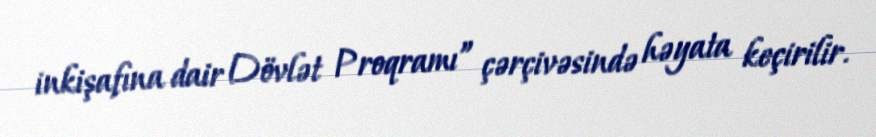
inkişafına dair Dövlət Proqramı” çərçivəsində həyata keçirilir.